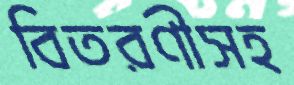
বিতরণীসহ